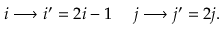
i \longrightarrow i ^ { \prime } = 2 i - 1 \- \ \- \ \- \ \- \ j \longrightarrow j ^ { \prime } = 2 j .